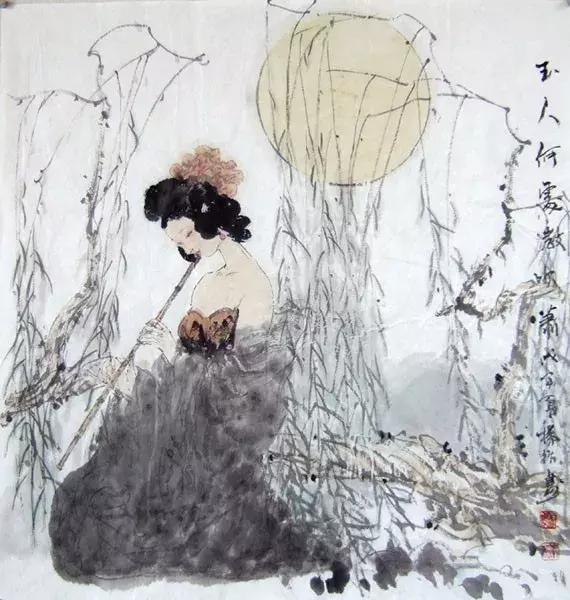
二十四桥，颇有杜书记否。